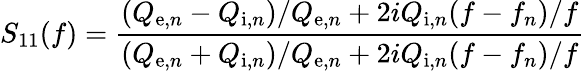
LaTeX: S_{11}(f)=\frac{(Q_{\mathrm{e},n}-Q_{\mathrm{i},n})/Q_{\mathrm{e},n}+2iQ_{\mathrm{i},n}(f-f_{n})/f}{(Q_{\mathrm{e},n}+Q_{\mathrm{i},n})/Q_{\mathrm{e},n}+2iQ_{\mathrm{i},n}(f-f_{n})/f}